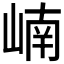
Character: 𪩂